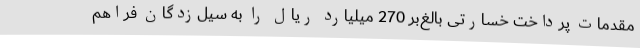
مقدمات پرداخت خسارتی بالغ‌بر 270 میلیارد ریال را به سیل‌زدگان فراهم